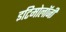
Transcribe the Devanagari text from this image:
इटिमोलॉजी